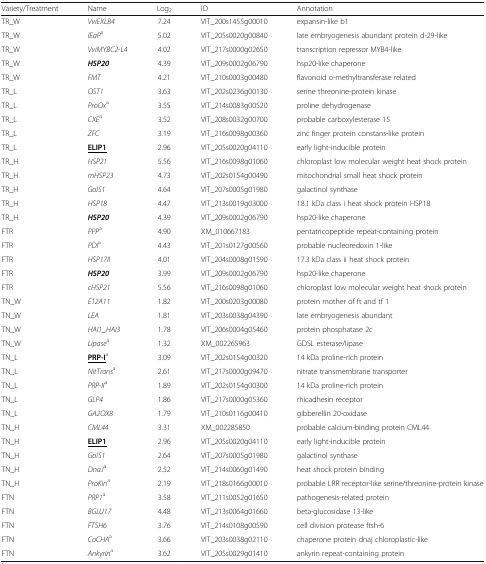
<table><thead><tr><td><b>Variety/Treatment</b></td><td><b>Name</b></td><td><b>Log<sub>2</sub></b></td><td><b>ID</b></td><td><b>Annotation</b></td></tr></thead><tbody><tr><td>TR_W</td><td><i>VviEXLB4</i></td><td>7.24</td><td>VIT_200s1455g00010</td><td>expansin-like b1</td></tr><tr><td>TR_W</td><td><i>lEaP</i><sup>a</sup></td><td>5.02</td><td>VIT_205s0020g00840</td><td>late embryogenesis abundant protein d-29-like</td></tr><tr><td>TR_W</td><td><i>VviMYBC2-L4</i></td><td>4.02</td><td>VIT_217s0000g02650</td><td>transcription repressor MYB4-like</td></tr><tr><td>TR_W</td><td><b><i>HSP20</i></b></td><td>4.39</td><td>VIT_209s0002g06790</td><td>hsp20-like chaperone</td></tr><tr><td>TR_W</td><td><i>FMT</i></td><td>4.21</td><td>VIT_210s0003g00480</td><td>flavonoid o-methyltransferase related</td></tr><tr><td>TR_L</td><td><i>OST1</i></td><td>3.63</td><td>VIT_202s0236g00130</td><td>serine threonine-protein kinase</td></tr><tr><td>TR_L</td><td><i>ProOx</i><sup>a</sup></td><td>3.55</td><td>VIT_214s0083g00520</td><td>proline dehydrogenase</td></tr><tr><td>TR_L</td><td><i>CXE</i><sup>a</sup></td><td>3.52</td><td>VIT_208s0032g00700</td><td>probable carboxylesterase 15</td></tr><tr><td>TR_L</td><td><i>ZFC</i></td><td>3.19</td><td>VIT_216s0098g00360</td><td>zinc finger protein constans-like protein</td></tr><tr><td>TR_L</td><td><b><underline>ELIP1</underline></b></td><td>2.96</td><td>VIT_205s0020g04110</td><td>early light-inducible protein</td></tr><tr><td>TR_H</td><td><i>HSP21</i></td><td>5.56</td><td>VIT_216s0098g01060</td><td>chloroplast low molecular weight heat shock protein</td></tr><tr><td>TR_H</td><td><i>mHSP23</i></td><td>4.73</td><td>VIT_202s0154g00490</td><td>mitochondrial small heat shock protein</td></tr><tr><td>TR_H</td><td><i>GolS1</i></td><td>4.64</td><td>VIT_207s0005g01980</td><td>galactinol synthase</td></tr><tr><td>TR_H</td><td><i>HSP18</i></td><td>4.47</td><td>VIT_213s0019g03000</td><td>18.1 kDa class i heat shock protein HSP18</td></tr><tr><td>TR_H</td><td><b><i>HSP20</i></b></td><td>4.39</td><td>VIT_209s0002g06790</td><td>hsp20-like chaperone</td></tr><tr><td>FTR</td><td><i>PPP</i><sup>a</sup></td><td>4.90</td><td>XM_010667183</td><td>pentatricopeptide repeat-containing protein</td></tr><tr><td>FTR</td><td><i>PDI</i><sup>a</sup></td><td>4.43</td><td>VIT_201s0127g00560</td><td>probable nucleoredoxin 1-like</td></tr><tr><td>FTR</td><td><i>HSP17II</i></td><td>4.01</td><td>VIT_204s0008g01590</td><td>17.3 kDa class ii heat shock protein</td></tr><tr><td>FTR</td><td><b><i>HSP20</i></b></td><td>3.99</td><td>VIT_209s0002g06790</td><td>hsp20-like chaperone</td></tr><tr><td>FTR</td><td><i>cHSP21</i></td><td>5.56</td><td>VIT_216s0098g01060</td><td>chloroplast low molecular weight heat shock protein</td></tr><tr><td>TN_W</td><td><i>E12A11</i></td><td>1.82</td><td>VIT_200s0203g00080</td><td>protein mother of ft and tf 1</td></tr><tr><td>TN_W</td><td><i>LEA</i></td><td>1.81</td><td>VIT_203s0038g04390</td><td>late embryogenesis abundant</td></tr><tr><td>TN_W</td><td><i>HAI1_HAI3</i></td><td>1.78</td><td>VIT_206s0004g05460</td><td>protein phosphatase 2c</td></tr><tr><td>TN_W</td><td><i>Lipase</i><sup>a</sup></td><td>1.32</td><td>XM_002265963</td><td>GDSL esterase/lipase</td></tr><tr><td>TN_L</td><td><b><underline>PRP-I</underline></b><sup>a</sup></td><td>3.09</td><td>VIT_202s0154g00320</td><td>14 kDa proline-rich protein</td></tr><tr><td>TN_L</td><td><i>NitTrans</i><sup>a</sup></td><td>2.61</td><td>VIT_217s0000g09470</td><td>nitrate transmembrane transporter</td></tr><tr><td>TN_L</td><td><i>PRP-II</i><sup>a</sup></td><td>1.89</td><td>VIT_202s0154g00300</td><td>14 kDa proline-rich protein</td></tr><tr><td>TN_L</td><td><i>GLP4</i></td><td>1.86</td><td>VIT_217s0000g05360</td><td>rhicadhesin receptor</td></tr><tr><td>TN_L</td><td><i>GA2OX8</i></td><td>1.79</td><td>VIT_210s0116g00410</td><td>gibberellin 20-oxidase</td></tr><tr><td>TN_H</td><td><i>CML44</i></td><td>3.31</td><td>XM_002285850</td><td>probable calcium-binding protein CML44</td></tr><tr><td>TN_H</td><td><b><underline>ELIP1</underline></b></td><td>2.96</td><td>VIT_205s0020g04110</td><td>early light-inducible protein</td></tr><tr><td>TN_H</td><td><i>GolS1</i></td><td>2.64</td><td>VIT_207s0005g01980</td><td>galactinol synthase</td></tr><tr><td>TN_H</td><td><i>DnaJ</i><sup>a</sup></td><td>2.52</td><td>VIT_214s0060g01490</td><td>heat shock protein binding</td></tr><tr><td>TN_H</td><td><i>ProKin</i><sup>a</sup></td><td>2.19</td><td>VIT_218s0166g00010</td><td>probable LRR receptor-like serine/threonine-protein kinase</td></tr><tr><td>FTN</td><td><i>PRP1</i><sup>a</sup></td><td>3.58</td><td>VIT_211s0052g01650</td><td>pathogenesis-related protein</td></tr><tr><td>FTN</td><td><i>BGLU17</i></td><td>4.48</td><td>VIT_213s0064g01660</td><td>beta-glucosidase 13-like</td></tr><tr><td>FTN</td><td><i>FTSH6</i></td><td>3.76</td><td>VIT_214s0108g00590</td><td>cell division protease ftsh-6</td></tr><tr><td>FTN</td><td><i>CoCHA</i><sup>a</sup></td><td>3.66</td><td>VIT_203s0038g02110</td><td>chaperone protein dnaj chloroplastic-like</td></tr><tr><td>FTN</td><td><i>Ankyrin</i><sup>a</sup></td><td>3.62</td><td>VIT_205s0029g01410</td><td>ankyrin repeat-containing protein</td></tr></tbody></table>